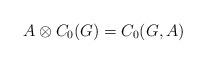
LaTeX: \begin{align*}A\otimes C_0(G)=C_0(G,A)\end{align*}